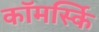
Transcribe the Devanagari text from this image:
कॉमर्स्कि